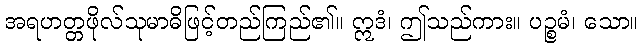
အရဟတ္တဖိုလ်သုမာဓိဖြင့်တည်ကြည်၏။ ဣဒံ၊ ဤသည်ကား။ ပဉ္စမံ၊ သော။